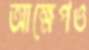
আক্ষেপও